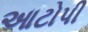
આટોપી